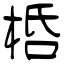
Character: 桰